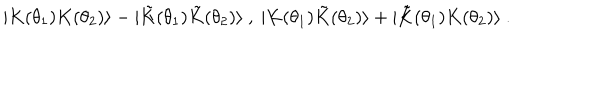
LaTeX: | { K } ( \theta _ { 1 } ) { K } ( \theta _ { 2 } ) \rangle - | { \tilde { K } } ( \theta _ { 1 } ) { \tilde { K } } ( \theta _ { 2 } ) \rangle \ , \ | K ( \theta _ { 1 } ) { \tilde { K } } ( \theta _ { 2 } ) \rangle + | { \tilde { K } } ( \theta _ { 1 } ) K ( \theta _ { 2 } ) \rangle \ .